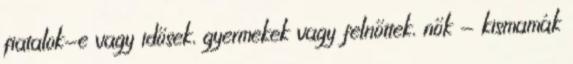
fiatalok-e vagy idősek, gyermekek vagy felnőttek, nők - kismamák